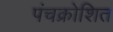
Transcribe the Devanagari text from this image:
पंचक्रोशित